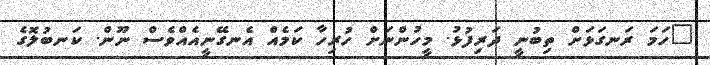
"ހަމަ ރަނގަޅަށް ތިބުނީ ދަރިފުޅު. މީހުންނަށް ހުރިހާ ކަމެއް އެނގޭނީއެއްވެސް ނޫން. ކަނބުލޮގެ